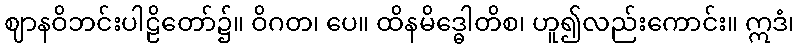
ဈာနဝိဘင်းပါဠိတော်၌။ ဝိဂတ၊ ပေ။ ထိနမိဒ္ဓေါတိစ၊ ဟူ၍လည်းကောင်း။ ဣဒံ၊